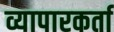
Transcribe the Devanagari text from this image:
व्यापारकर्ता